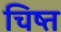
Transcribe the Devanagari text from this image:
चिष्त